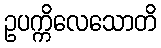
ဥပက္ကိလေသောတိ